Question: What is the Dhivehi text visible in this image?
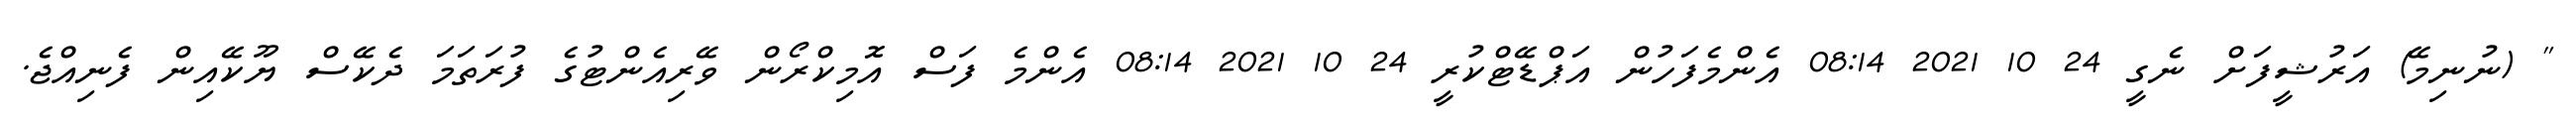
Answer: " (ނުނިމޭ) އަރުޝީފަށް ނެގީ 24 10 2021 08:14 އެންމެފަހުން އަޕްޑޭޓްކުރީ 24 10 2021 08:14 އެންމެ ފަސް އޮމިކްރޯން ވޭރިއެންޓުގެ ފުރަތަމަ ދެކޭސް ޔޫކޭއިން ފެނިއްޖެ.